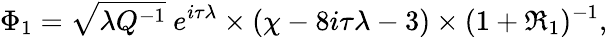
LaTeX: \Phi_{1}=\sqrt{\lambda Q^{-1}}~e^{i\tau\lambda}\times(\chi-8i\tau\lambda-3)\times(1+\Re_{1})^{-1},